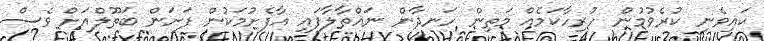
ކައިވެނި ކުރެވުމުން ހުރިހާކަމެއް މަތިން ހަނދާން ނައްތާލާފައި އާފެށުމަކުން ފަށަން ބަތޫލްއަށް ވެސް